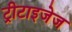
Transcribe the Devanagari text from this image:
ट्रीटाइजेज